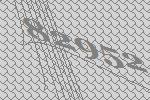
82952